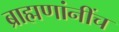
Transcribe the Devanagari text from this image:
ब्राह्मणांनींच